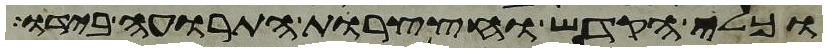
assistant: וכלי הקדש וחצצרות התרועה בידו